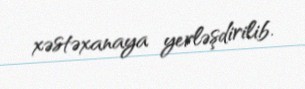
xəstəxanaya yerləşdirilib.